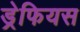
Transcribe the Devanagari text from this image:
ड्रेफियस